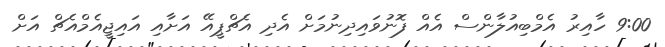
9:00 ހާއިރު އެމްބިއުލާންސް އެއް ފޮނުވައިދިނުމަށް އެދި އެޗްޕީއޭ އަށާއި އައިޖީއެމްއެޗް އަށް